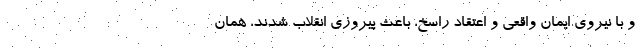
و با نیروی ایمان واقعی و اعتقاد راسخ، باعث پیروزی انقلاب شدند، همان